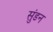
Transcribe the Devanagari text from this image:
सुंडन